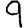
Digit: 9